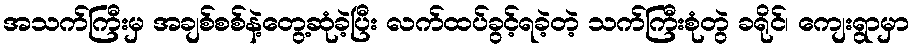
အသက်ကြီးမှ အချစ်စစ်နဲ့တွေ့ဆုံခဲ့ပြီး လက်ထပ်ခွင့်ရခဲ့တဲ့ သက်ကြီးစုံတွဲ ခရိုင်၊ ကျေးရွာမှာ